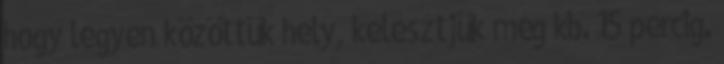
hogy legyen közöttük hely, kelesztjük még kb. 15 percig.